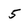
Character: 5